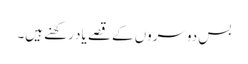
بس دوسروں کے قصے یاد رکھنے ہیں۔